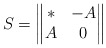
\begin{align*} S=\begin{Vmatrix} * & -A \\ A & 0 \end{Vmatrix}\end{align*}